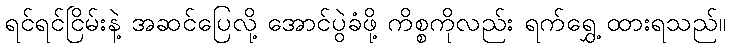
ရင်ရင်ငြိမ်းနဲ့ အဆင်ပြေလို့ အောင်ပွဲခံဖို့ ကိစ္စကိုလည်း ရက်ရွှေ့ ထားရသည်။